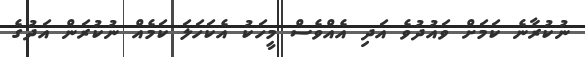
ނުކުރާނެ ކަމަށް ވައުދުވެ އަދި އެއްވެސް މީހަކު އެކަހަލަ ކަމެއް ނުކުރަން އަދުގެ